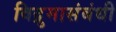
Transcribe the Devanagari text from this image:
विद्रुमासंबंधी